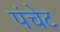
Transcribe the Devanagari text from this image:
पंचेट